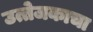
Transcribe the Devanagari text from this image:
उत्तेजकाचा